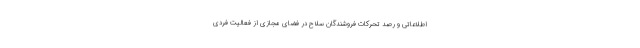
اطلاعاتی و رصد تحرکات فروشندگان سلاح در فضای مجازی از فعالیت فردی